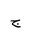
Letter: _gim